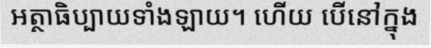
អត្ថាធិប្បាយទាំងឡាយ។ ហើយ បើនៅក្នុង